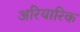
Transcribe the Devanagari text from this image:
अरियारिक